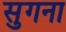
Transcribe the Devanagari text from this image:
सुगना